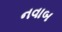
નવાબ